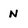
Character: N